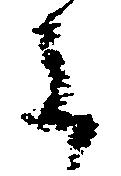
主